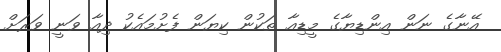
އޭނާގެ ނަން އިންޑިޔާގެ މީޑިއާ ތަކުން ކިޔަން ފެށުމައެކު ދިއާ ވަނީ ވަރަށް